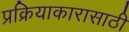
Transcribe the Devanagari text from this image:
प्रक्रियाकारासाठी